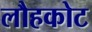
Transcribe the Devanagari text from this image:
लौहकोट